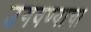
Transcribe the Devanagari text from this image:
उगवण्याचा